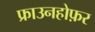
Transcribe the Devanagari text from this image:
फ्राउनहोफ़र